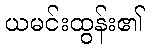
ယမင်းထွန်း၏